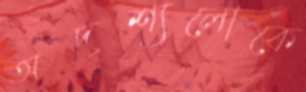
অদৃশ্যলোকে